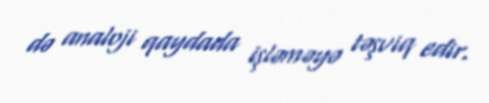
də analoji qaydada işləməyə təşviq edir.